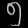
Digit: ၅